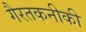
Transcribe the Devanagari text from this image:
गैरतकनीकी